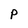
Character: p